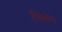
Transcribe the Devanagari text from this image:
लैक्सम